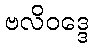
ဗလိဝဒ္ဒေ